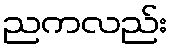
ညကလည်း